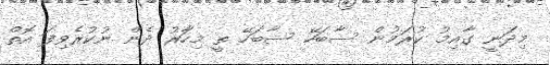
މިދަނީ ގާއިމު ކުރަމުން ސާބަހޭ ސާބަހޭ ތީ މިހާަރު ދެން ނުކުރެވިފަ އޮތް